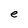
Character: e